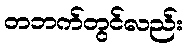
တဘက်တွင်လည်း